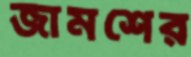
জামশের